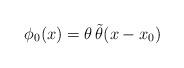
LaTeX: \begin{align*}\phi_0 (x) = \theta\,\tilde\theta (x - x_0)\end{align*}